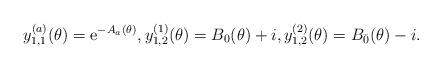
LaTeX: \begin{align*}y^{(a)}_{1,1}(\theta) ={\rm e}^{- A_a(\theta)}, y^{(1)}_{1,2}(\theta) = B_0(\theta) + i, y^{(2)}_{1,2}(\theta) =B_{\bar{0}}(\theta) - i.\end{align*}